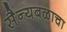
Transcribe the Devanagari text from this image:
सैन्यबळाचा